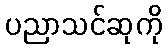
ပညာသင်ဆုကို